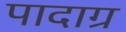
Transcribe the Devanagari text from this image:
पादाग्र